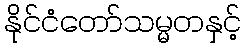
နိုင်ငံတော်သမ္မတနှင့်